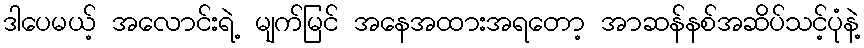
ဒါပေမယ့် အလောင်းရဲ့ မျက်မြင် အနေအထားအရတော့ အာဆန်နစ်အဆိပ်သင့်ပုံနဲ့